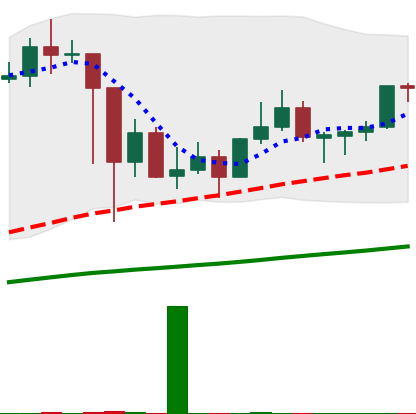
Ticker: LINK-USD
Chart end date: 2021-03-09
Forward return: -8.603%
Label: down_7plus